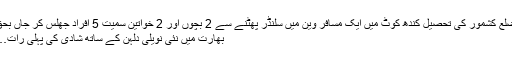
ضلع کشمور کی تحصیل کندھ کوٹ میں ایک مسافر وین میں سلنڈر پھٹنے سے 2 بچوں اور 2 خواتین سمیت 5 افراد جھلس کر جاں بحق
بھارت میں نئی نویلی دلہن کے ساتھ شادی کی پہلی رات…